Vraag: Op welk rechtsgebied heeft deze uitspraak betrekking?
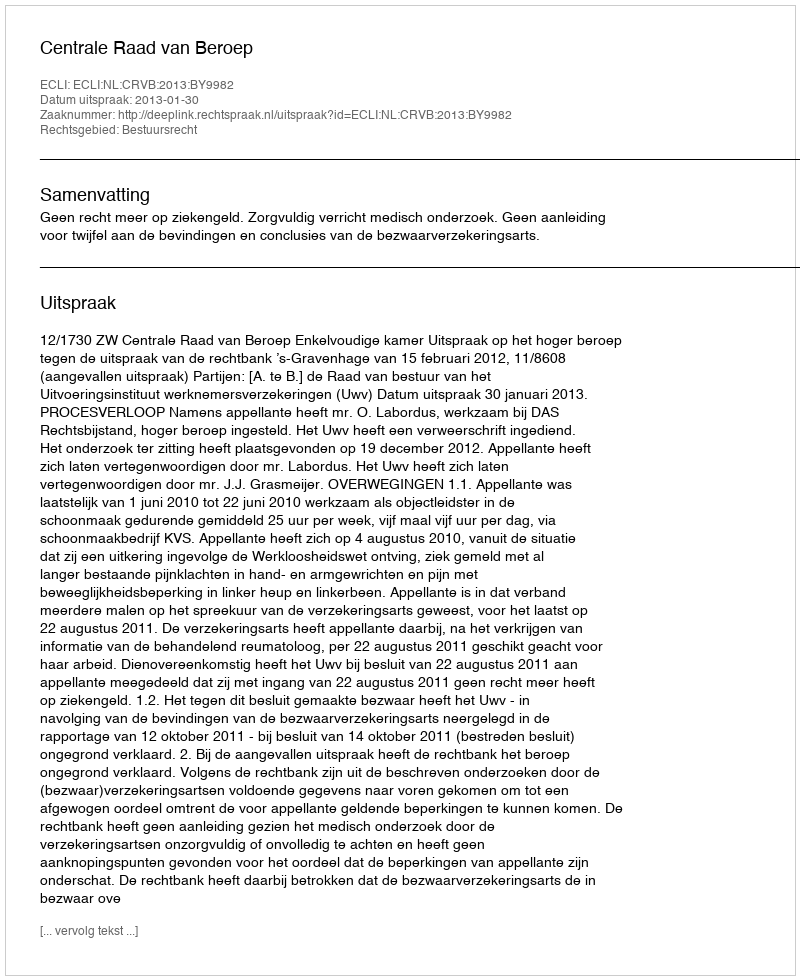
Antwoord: Bestuursrecht